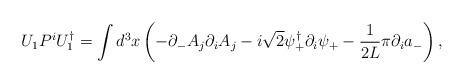
LaTeX: \begin{align*}U_1 P^i U_1^\dagger = \int d^3 x \left( -\partial_- A_j \partial_i A_j-i\sqrt{2} \psi^\dagger_+ \partial_i \psi_+ - \frac{1}{2L}\pi \partial_i a_- \right),\end{align*}